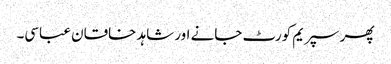
پھر سپریم کورٹ جانے اور شاہد خاقان عباسی۔